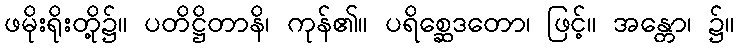
ဖမိုးရိုးတို့၌။ ပတိဋ္ဌိတာနိ၊ ကုန်၏။ ပရိစ္ဆေဒတော၊ ဖြင့်။ အန္တော၊ ၌။